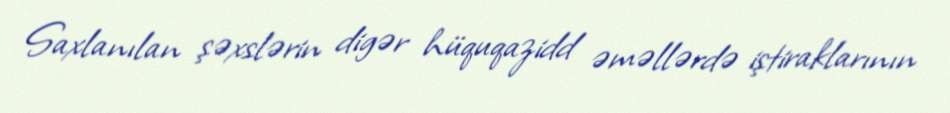
Saxlanılan şəxslərin digər hüquqazidd əməllərdə iştiraklarının